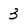
Character: 3